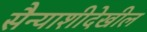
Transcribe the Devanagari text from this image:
सैन्याशीदेखील